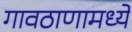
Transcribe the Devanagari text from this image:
गावठाणामध्ये